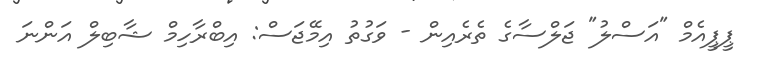
ޕީޕީއެމް "އަސްލު" ޖަލްސާގެ ތެރެއިން - ވަގުތު އިމޭޖަސް: އިބްރާހިމް ޝާބިލް އަންނަ